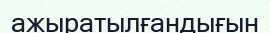
ажыратылғандығын